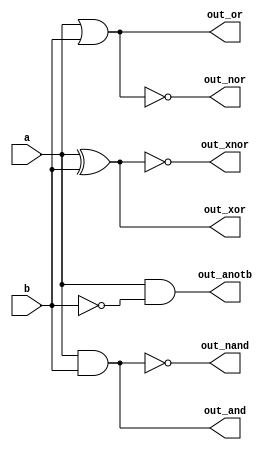
// Exercise 3-1-1-6: More Logic Gates
module MoreLogic (
    input a, b,
    output out_and,
    output out_or,
    output out_xor,
    output out_nand,
    output out_nor,
    output out_xnor,
    output out_anotb
);
   assign out_and = a & b;
   assign out_or = a | b;
   assign out_xor = a ^ b;
   assign out_nand = ~(a & b);
   assign out_nor = ~(a | b);
   assign out_xnor = ~(a ^ b);
   assign out_anotb = a & ~b; 
endmodule